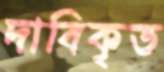
দাবিকৃত